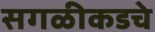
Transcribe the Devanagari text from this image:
सगळीकडचे